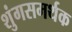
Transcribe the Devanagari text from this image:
शुंगसमर्थक